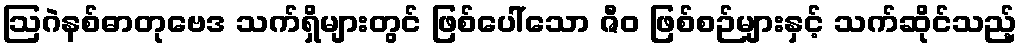
ဩဂဲနစ်ဓာတုဗေဒ သက်ရှိများတွင် ဖြစ်ပေါ်သော ဇီဝ ဖြစ်စဉ်များနှင့် သက်ဆိုင်သည့်